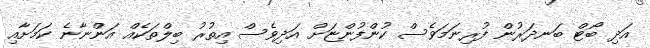
އަދި ބޯޓް ބަނދަރުން ފުރިނަމަވެސް ކުންފުންޏަށް އަދިވެސް އިތުރު ބިލްތަކެއް އަންނާނެ ކަމަށާއި